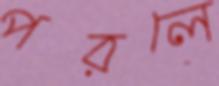
পরলে